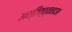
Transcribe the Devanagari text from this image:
अस्तित्त्वनदम